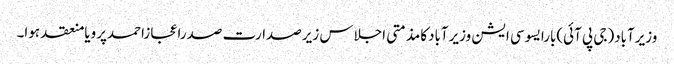
وزیرآباد(جی پی آئی)بارایسوسی ایشن وزیرآبادکامذمتی اجلاس زیرصدارت صدراعجازاحمدپرویامنعقد ہوا۔